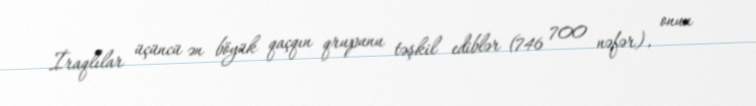
İraqlılar üçüncü ən böyük qaçqın qrupunu təşkil ediblər (746 700 nəfər), onun